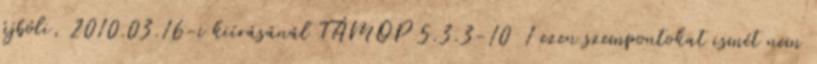
újbóli, 2010.03.16-i kiírásánál TÁMOP 5.3.3-10 1 ezen szempontokat ismét nem